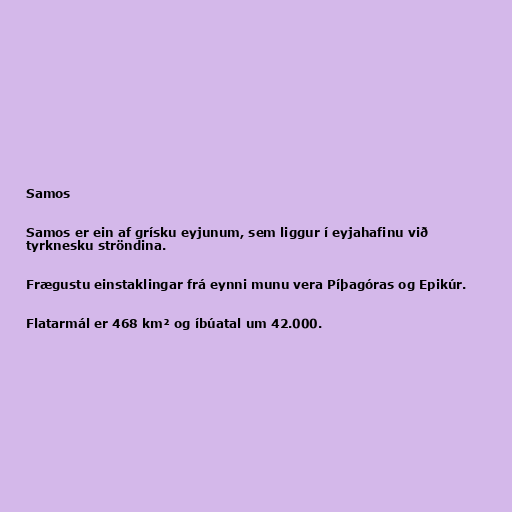
Samos

Samos er ein af grísku eyjunum, sem liggur í eyjahafinu við
tyrknesku ströndina.

Frægustu einstaklingar frá eynni munu vera Píþagóras og Epikúr.

Flatarmál er 468 km² og íbúatal um 42.000.